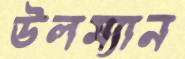
উলম্যান